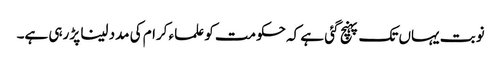
نوبت یہاں تک پہنچ گئی ہے کہ حکومت کو علماء کرام کی مدد لینا پڑ رہی ہے۔